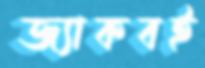
জ্যাকবই